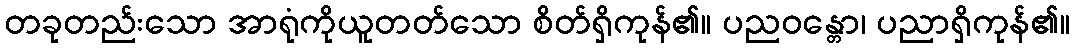
တခုတည်းသော အာရုံကိုယူတတ်သော စိတ်ရှိကုန်၏။ ပညဝန္တော၊ ပညာရှိကုန်၏။